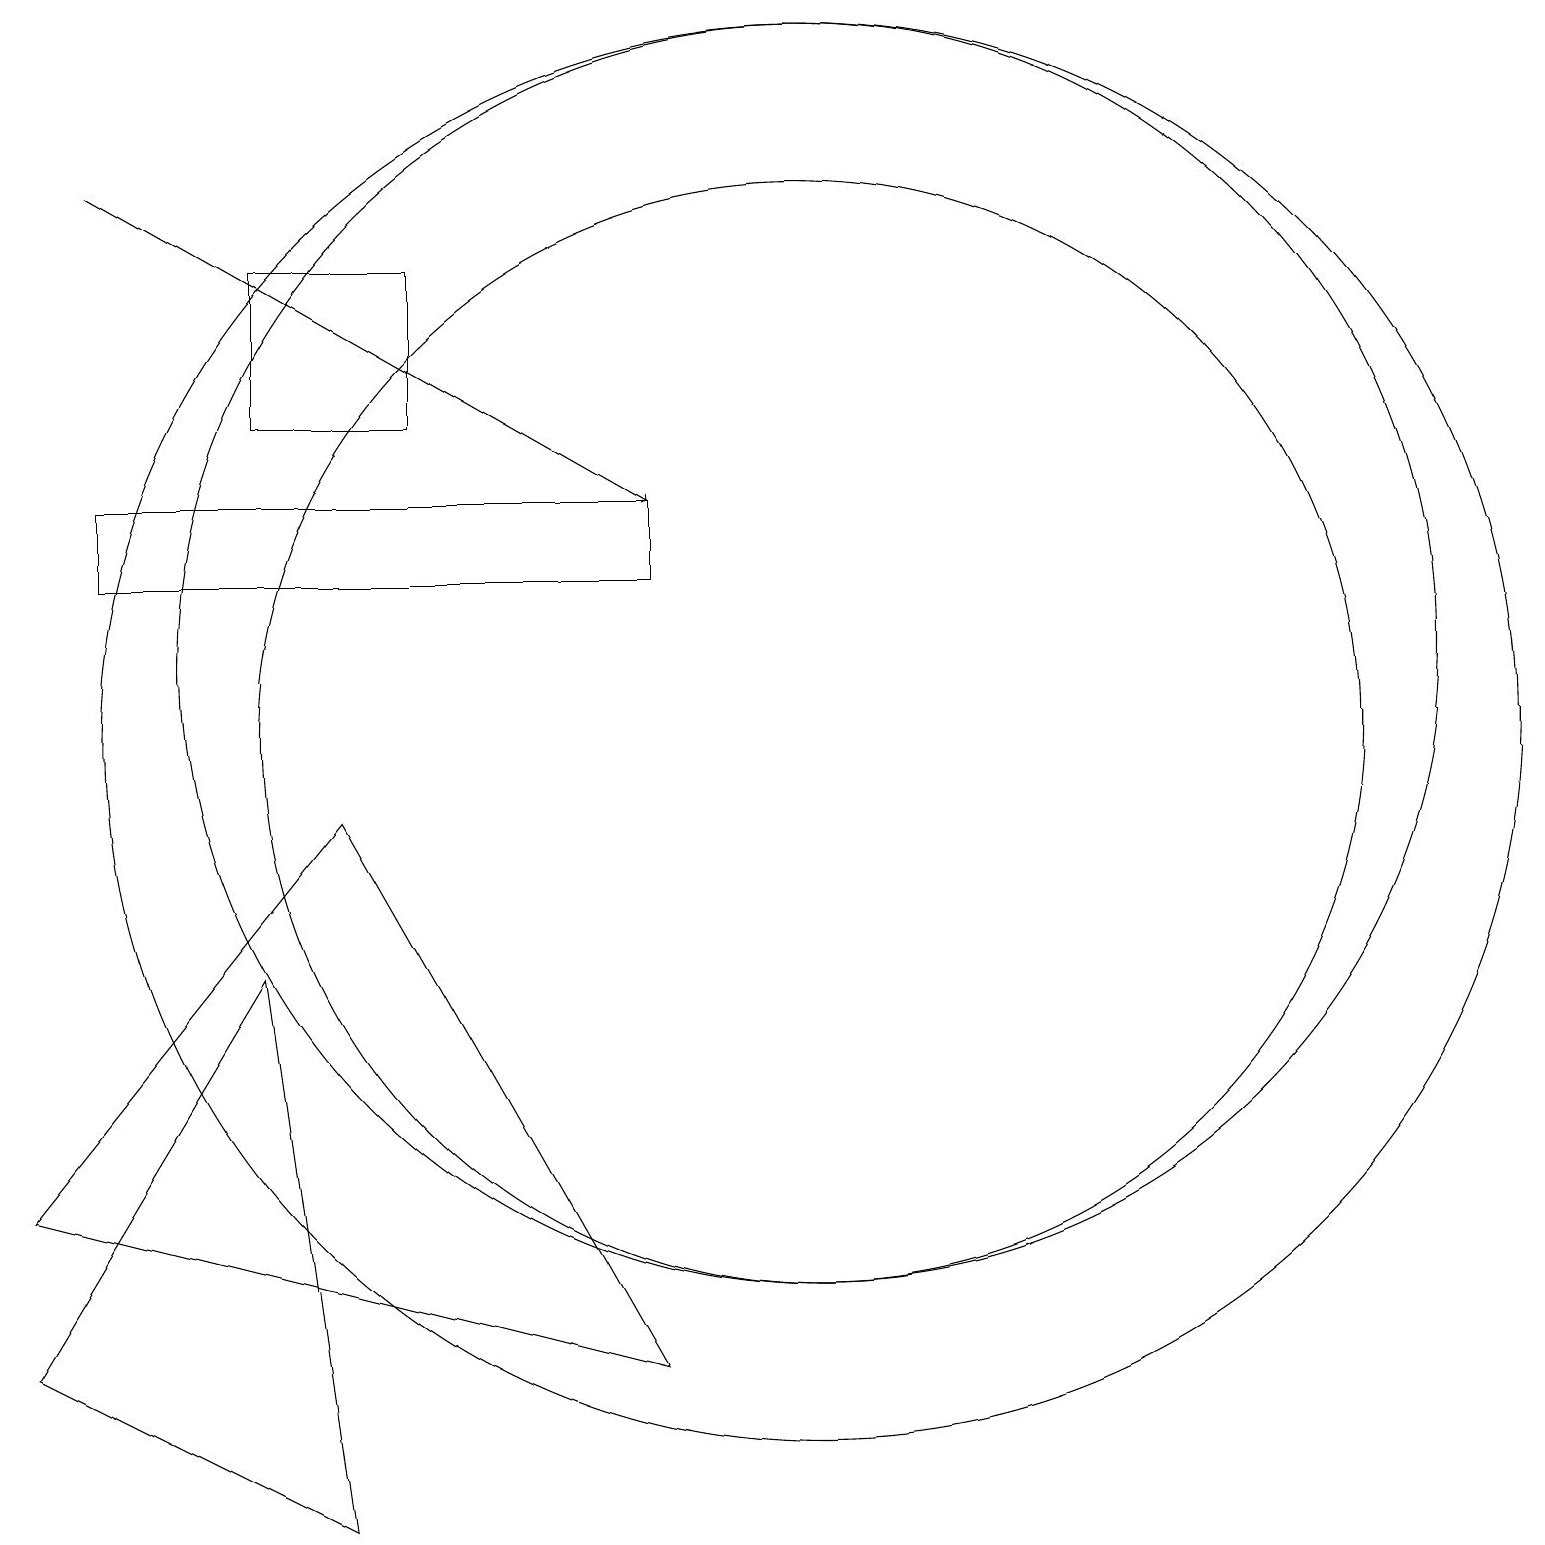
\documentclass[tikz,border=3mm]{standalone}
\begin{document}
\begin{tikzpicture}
\draw (4,0) -- (0,2) -- (3,7) -- cycle;
\draw (5,16) rectangle (3,14);
\draw (10,10) circle (7);
\draw (1,13) rectangle (8,12);
\draw (10,11) circle (8);
\draw (10,10) circle (9);
\draw (0,4) -- (4,9) -- (8,2) -- cycle;
\draw[->] (1,17) -- (8,13);
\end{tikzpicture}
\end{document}